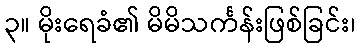
၃။ မိုးရေခံ၏ မိမိသင်္ကန်းဖြစ်ခြင်း၊